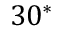
3 0 ^ { * }